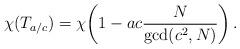
LaTeX: \begin{align*}\chi(T_{a/c})=\chi\!\left(1-ac\frac{N}{\gcd(c^2, N)}\right).\end{align*}